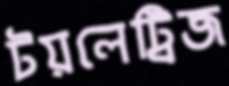
টয়লেট্রিজ